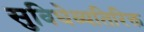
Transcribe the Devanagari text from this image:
सुविधेव्यतिरिक्त